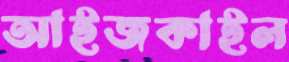
আইজকাইল